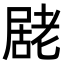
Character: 𭕮